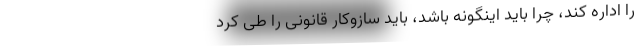
را اداره کند، چرا باید اینگونه باشد، باید سازوکار قانونی را طی کرد